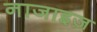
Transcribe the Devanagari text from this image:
नाजाइज़